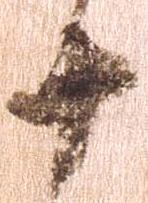
十